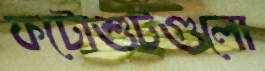
ফটোশুটগুলো